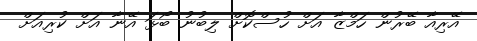
އޭރިއާ ބޭރުން ހަމްޒާ އަށް ހުސްކޮށް ލިބުނު ބޯޅަ އޭނާ އަށް ކުރިއަށް